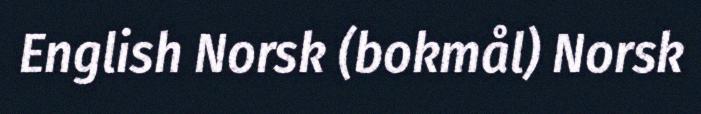
English Norsk (bokmål) Norsk